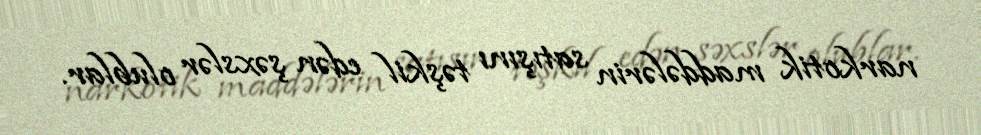
narkotik maddələrin satışını təşkil edən şəxslər olublar.